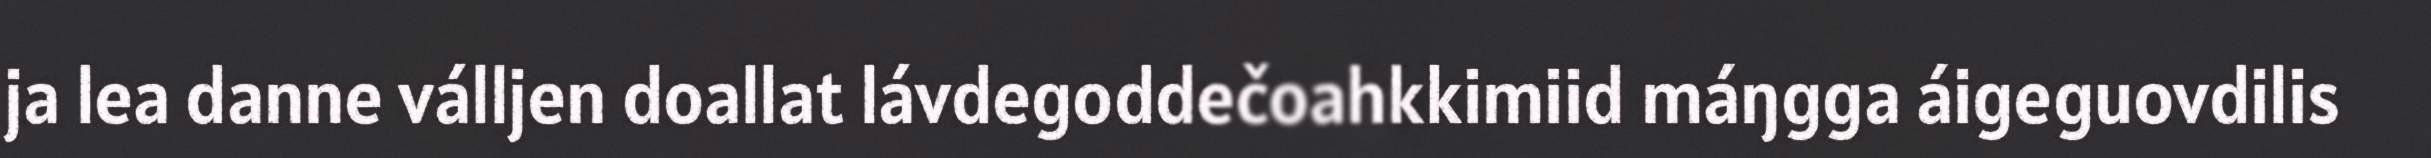
ja lea danne válljen doallat lávdegoddečoahkkimiid máŋgga áigeguovdilis